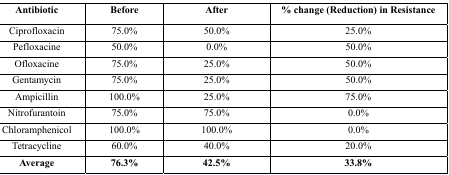
| Antibiotic | Before | After | % change (Reduction) in Resistance |
 | --- | --- | --- | --- |
 | Ciprofloxacin | 75.0% | 50.0% | 25.0% |
 | Pefloxacine | 50.0% | 0.0% | 50.0% |
 | Ofloxacine | 75.0% | 25.0% | 50.0% |
 | Gentamycin | 75.0% | 25.0% | 50.0% |
 | Ampicillin | 100.0% | 25.0% | 75.0% |
 | Nitrofurantoin | 75.0% | 75.0% | 0.0% |
 | Chloramphenicol | 100.0% | 100.0% | 0.0% |
 | Tetracycline | 60.0% | 40.0% | 20.0% |
 | Average | 76.3% | 42.5% | 33.8% |